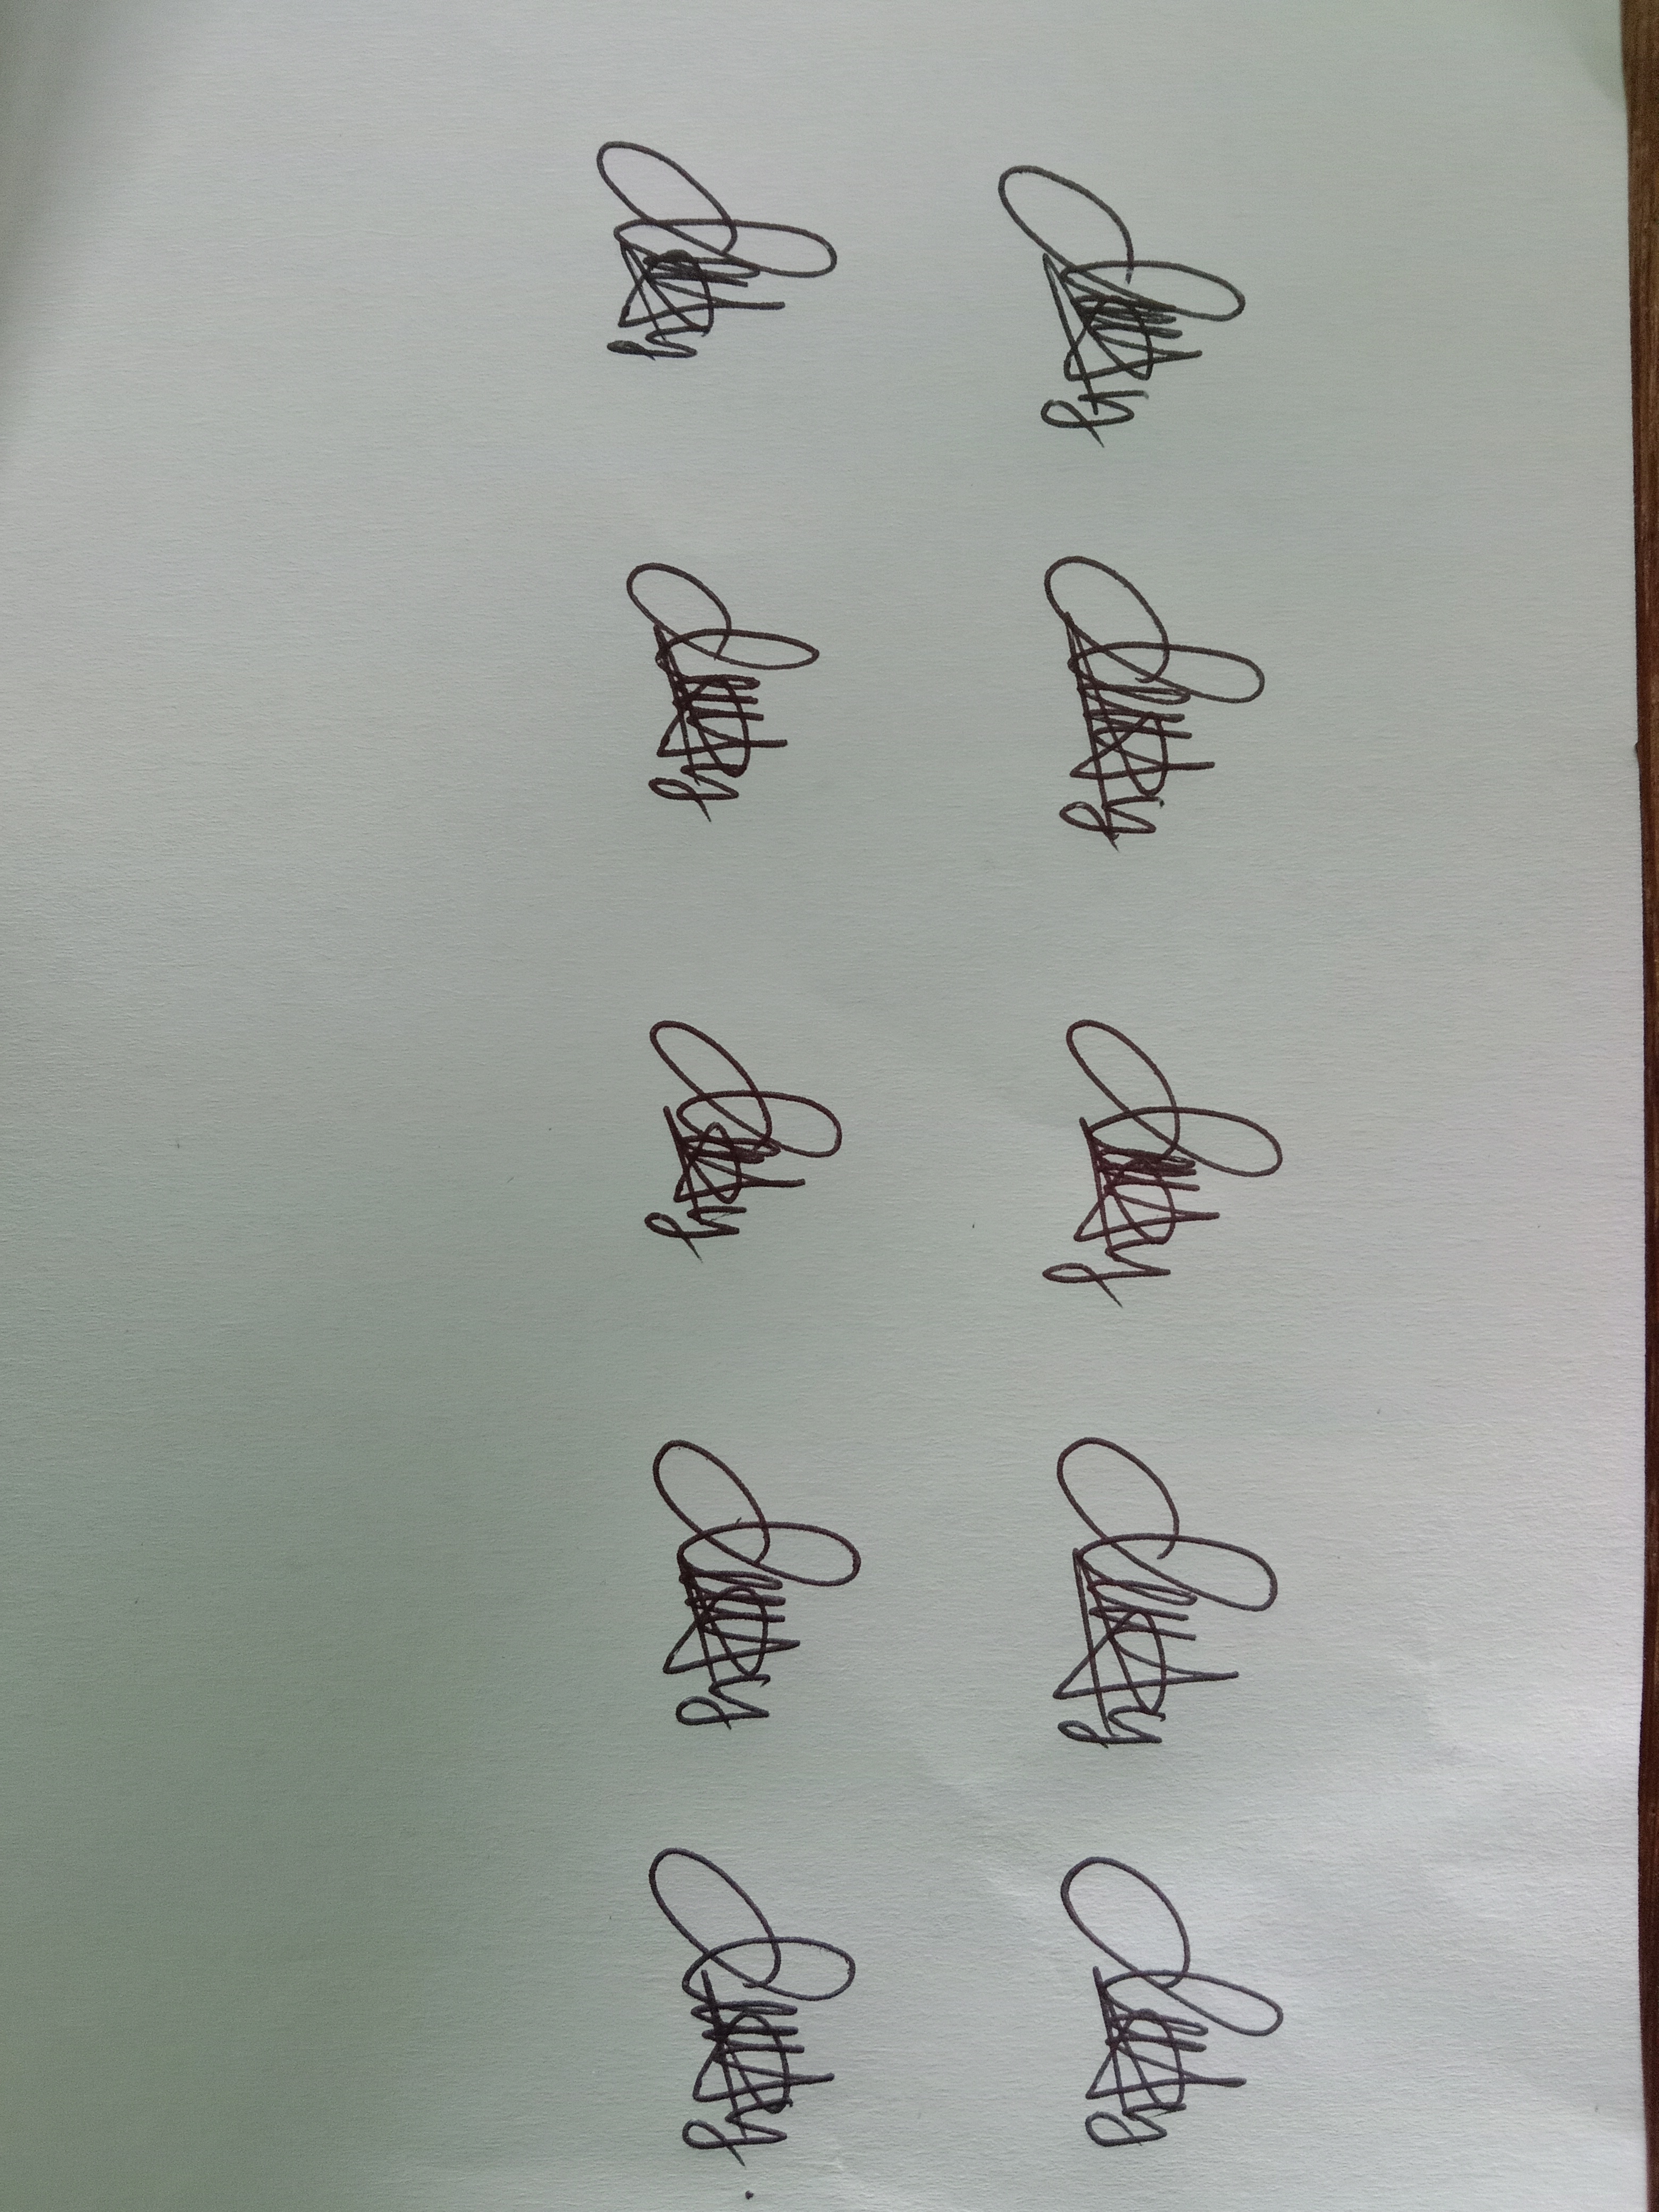
Signature authenticity: genuine